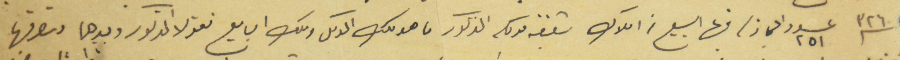
سنة ٣٢٦ عدد ٢٥١ ايجاز / فيها البيع من املاك شقيقه موكله المذكور ما هو ملك الوكيل وملك البايع نقولا المذكور وبيدهما وتصرفهما